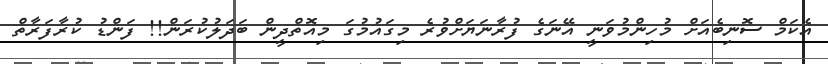
އެކަމް ސޮނިބެއަށް މުހިންމުވަނީ އޭނަގެ ފުރާނަޔަށްވުރެ މިގައުމުގަ މިއޮތްދީން ބަދަލުކުރަން!! ފަންޑު ކުރާފަރާތް